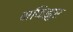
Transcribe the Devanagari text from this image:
मफिझुर